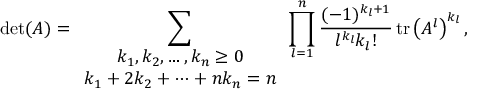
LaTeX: \operatorname* { d e t } ( A ) = \sum _ { \begin{array} { c } { k _ { 1 } , k _ { 2 } , \ldots , k _ { n } \geq 0 } \\ { k _ { 1 } + 2 k _ { 2 } + \cdots + n k _ { n } = n } \end{array} } \prod _ { l = 1 } ^ { n } { \frac { ( - 1 ) ^ { k _ { l } + 1 } } { l ^ { k _ { l } } k _ { l } ! } } \operatorname { t r } \left( A ^ { l } \right) ^ { k _ { l } } ,